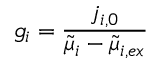
g _ { i } = \frac { j _ { i , 0 } } { \tilde { \mu } _ { i } - \tilde { \mu } _ { i , e x } }